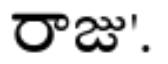
రాజు'.